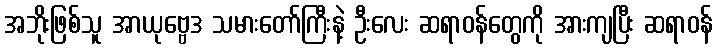
အဘိုးဖြစ်သူ အာယုဗ္ဗေဒ သမားတော်ကြီးနဲ့ ဦးလေး ဆရာဝန်တွေကို အားကျပြီး ဆရာဝန်